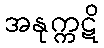
အနုက္ကဋိ